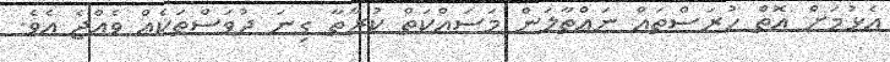
އެޅުމަށް އޮތް ހުރަސްތައް ނައްތާލަން މަސައްކަތް ކުރާތާ ގިނަ ދުވަސްތަކެއް ވެއްޖެ އެވެ.